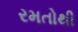
રમતોથી